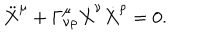
\ddot { X } ^ { \mu } + \Gamma _ { \nu \rho } ^ { \mu } \dot { X } ^ { \nu } \dot { X } ^ { \rho } = 0 .